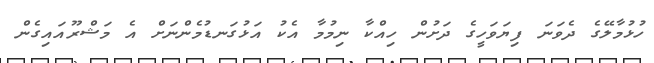
ހުޅުމާލޭގެ ދެވަނަ ފިޔަވަހީގެ ދަށުން ހިއްކާ ނިމުމާ އެކު އަޅުގަނޑުމެންނަށް އެ މަޝްރޫއައިގެން